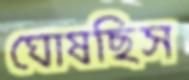
ঘোষছিস